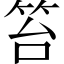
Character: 笞